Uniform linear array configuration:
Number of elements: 24
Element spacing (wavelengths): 0.75
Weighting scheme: hann
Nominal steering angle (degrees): -45
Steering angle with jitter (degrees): -46.679
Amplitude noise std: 0.05
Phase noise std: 0.05

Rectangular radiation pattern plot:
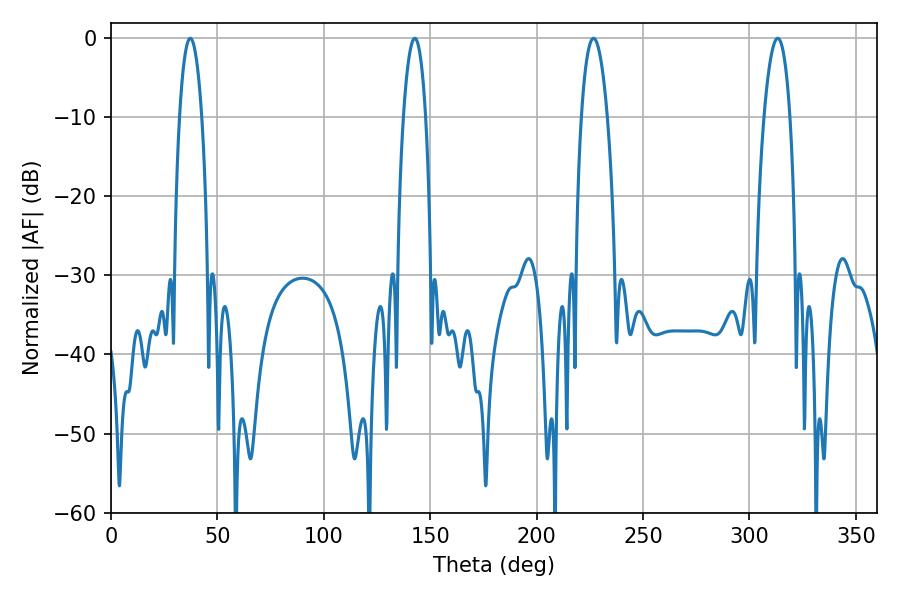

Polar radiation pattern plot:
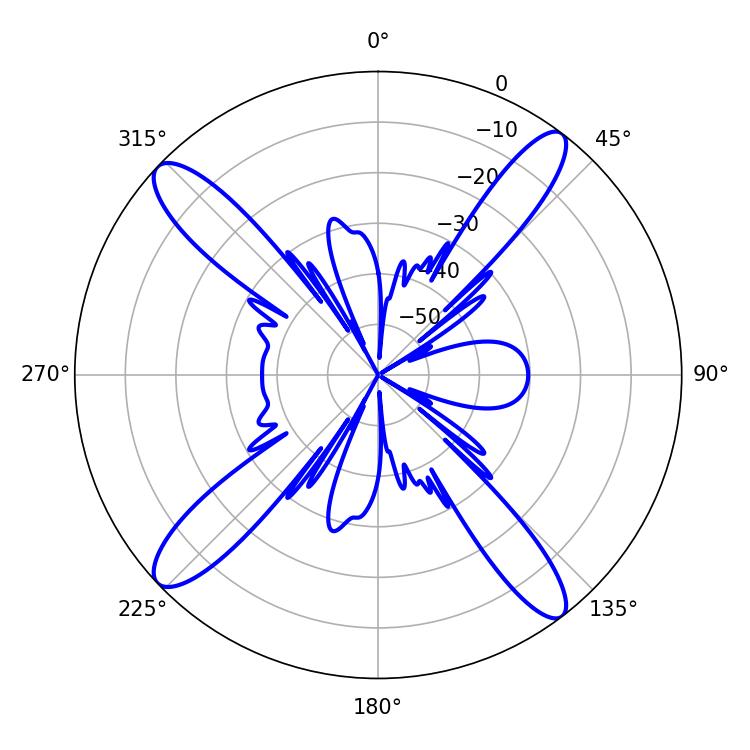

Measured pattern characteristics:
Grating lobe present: TRUE
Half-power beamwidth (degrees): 5.76
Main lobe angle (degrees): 37.26